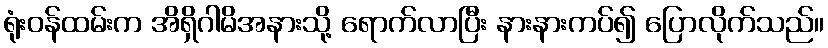
ရုံးဝန်ထမ်းက အိရှိဂါမိအနားသို့ ရောက်လာပြီး နားနားကပ်၍ ပြောလိုက်သည်။